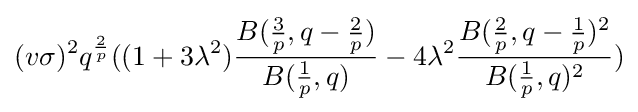
(v\sigma )^{2}q^{\frac {2}{p}}((1+3\lambda ^{2}){\frac {B({\frac {3}{p}},q-{\frac {2}{p}})}{B({\frac {1}{p}},q)}}-4\lambda ^{2}{\frac {B({\frac {2}{p}},q-{\frac {1}{p}})^{2}}{B({\frac {1}{p}},q)^{2}}})